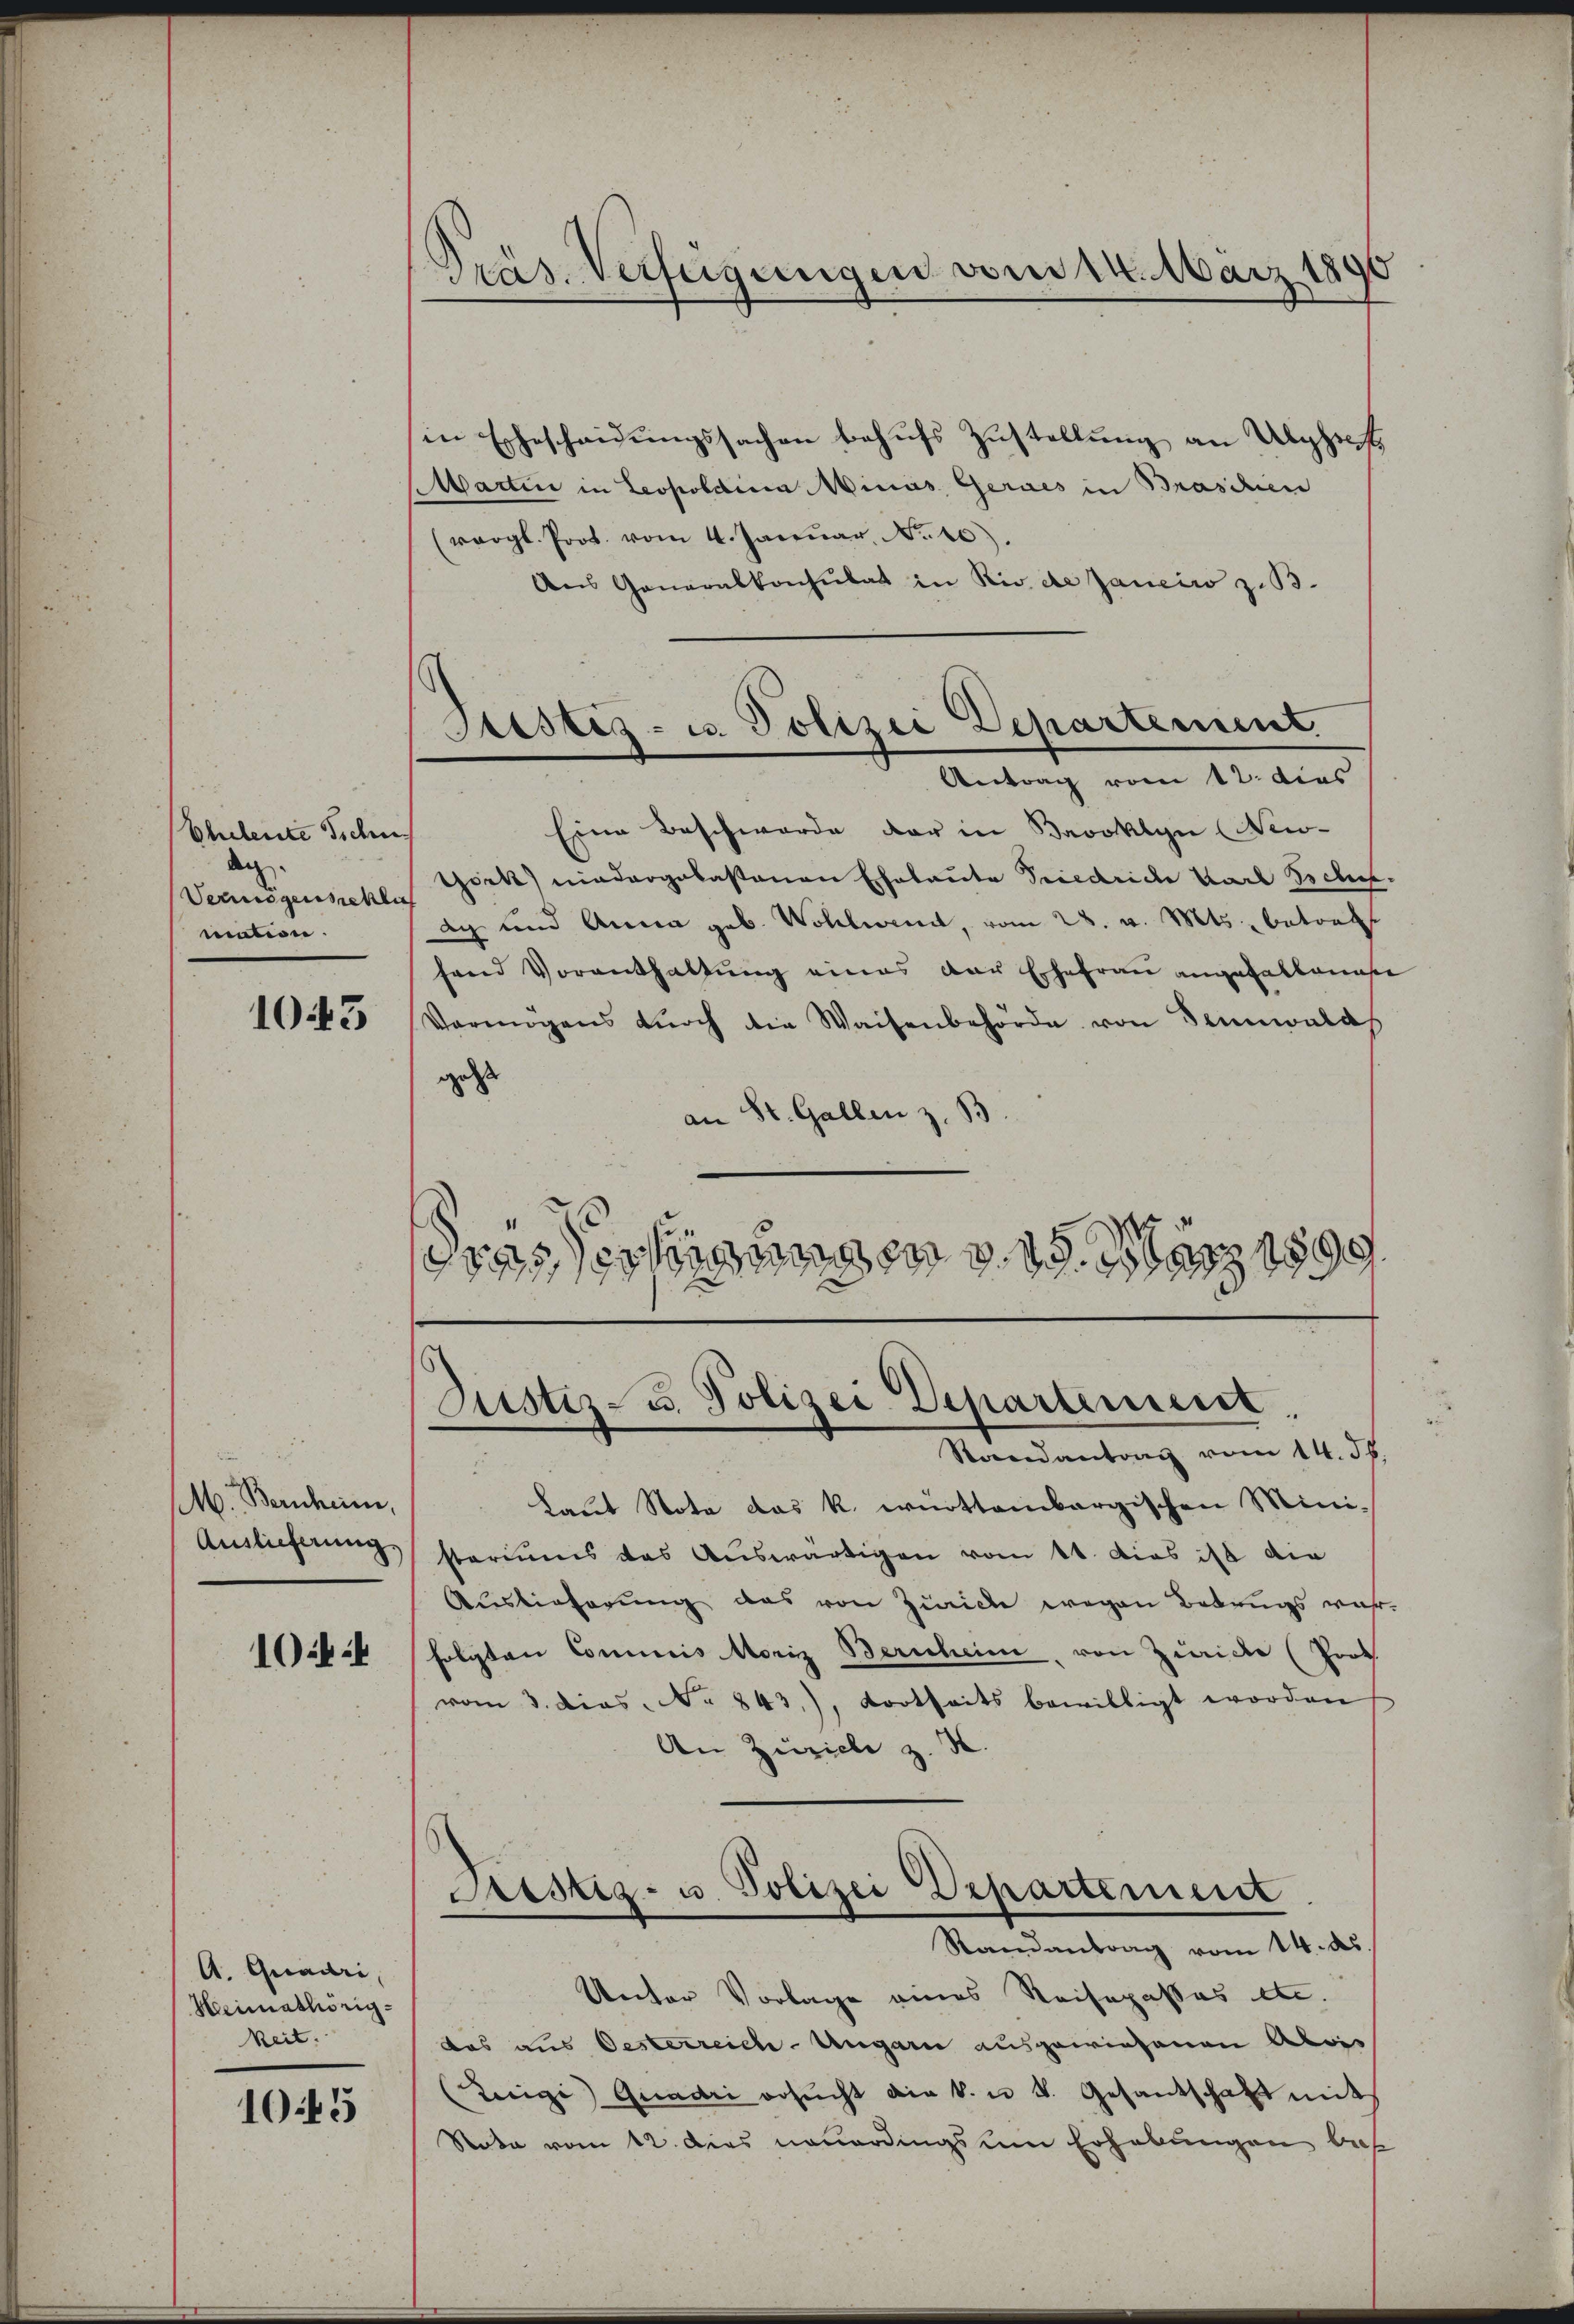
Eheleute Sichen.
dg.
Vermögensschlich
mation.

1043

M. Bernheim,
Auslieferung,

10

A. Quadri,
Heimathörig-
keit.

10.45

Präs. Verfügungen vom 14. März 1890

Justiz- u. Polizei Departement
Antrag vom 12. dies

in Ehescheidŭngssachen behufs Zustellung an Alphecht
Martin in Leopoldina Minas, Gerais in Braschien
(vergl. Prot. vom 4. Januar, No 10).
Aus Generalkonsulat in Rio de Janeiw z.B.
Eine Beschwerde der in Brooklyn (New-
töck) niedergelastenen Eheleute Priedriche Karl Eschef-
ag und Anna geb. Wohlweid, vom 28. v. Mts., betref
fand Vorenthaltŭng eines der Ehefrau angefallenden
Vermögens dŭrch die Waisenbehörde von Sennwald
gest
an St. Gallen z. B
Grässertigungen v. 19. März 1899

Justiz- u. Polizei Departement
Randantrag vom 14. 56.

Laut Nota das k. württembergischen Mini-
storiums des Auswärtigen vom 11. dies ist die
Auslieferung das von Zürich wegen Betrags wahr-
folgten Commis Moriz Berichein, von Zwicke (Prok.
vom 3. dies. No 843., dortheits bewilligt worden
An Zürich z. S.
Sistiz- u. Polizei Departement
Randantrag vom 14. des
Unter Vorlage eines Reisepasses etc.
das aus Oesterreich-Ungarn ausgewiesenen Alois
Luigi Quadri ersucht die k. u. k. Gesantschaft mit
Note vom 12. dies neuerdings um Erhebungen bes